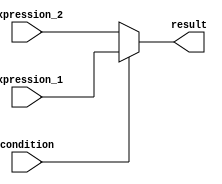
module ternary_operator (
    input wire condition,
    input wire [31:0] expression_1,
    input wire [31:0] expression_2,
    output reg [31:0] result
);

always @(*) begin
    result = (condition) ? expression_1 : expression_2;
end

endmodule